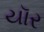
યૉર